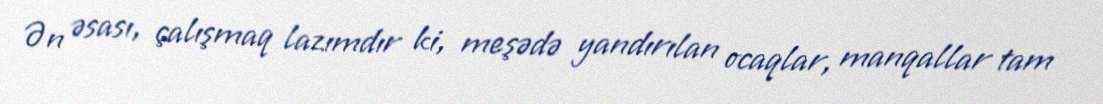
Ən əsası, çalışmaq lazımdır ki, meşədə yandırılan ocaqlar, manqallar tam